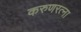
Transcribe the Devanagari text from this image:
करुणरत्ना